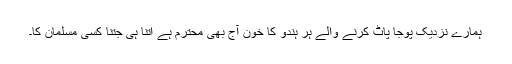
ہمارے نزدیک پوجا پاٹ کرنے والے ہر ہندو کا خون آج بھی محترم ہے اتنا ہی جتنا کسی مسلمان کا۔